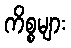
ကိစ္စများ